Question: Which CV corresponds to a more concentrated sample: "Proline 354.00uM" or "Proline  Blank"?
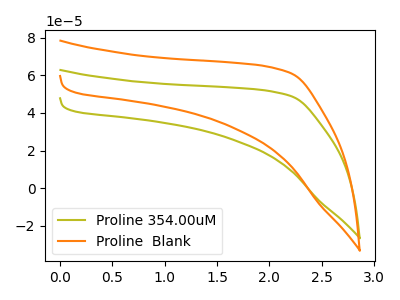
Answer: <think>The olive curve "Proline 354.00uM" has no peaks. The orange curve "Proline  Blank" has no peaks.
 Neither "Proline 354.00uM" or "Proline  Blank" have any peaks.</think>
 <answer>I cant tell if "Proline 354.00uM" or "Proline  Blank" has higher concentration.</answer>
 <eval>mixed_concentration</eval>